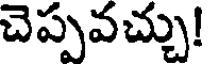
చెప్పవచ్చు!